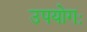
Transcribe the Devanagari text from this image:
उपयोगः